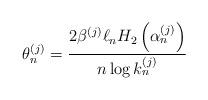
LaTeX: \begin{align*} \theta_n^{(j)} = \frac{2 \beta^{(j)} \ell_n H_2 \left( \alpha_n^{(j)} \right) }{ n \log k_n^{(j)} }\end{align*}